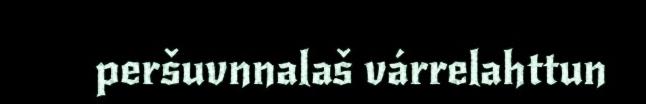
peršuvnnalaš várrelahttun